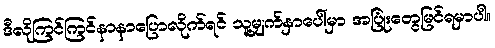
ဒီလိုကြင်ကြင်နာနာပြောလိုက်ရင် သူ့မျက်နှာပေါ်မှာ အပြုံးတွေမြင်ရမှာပါ။